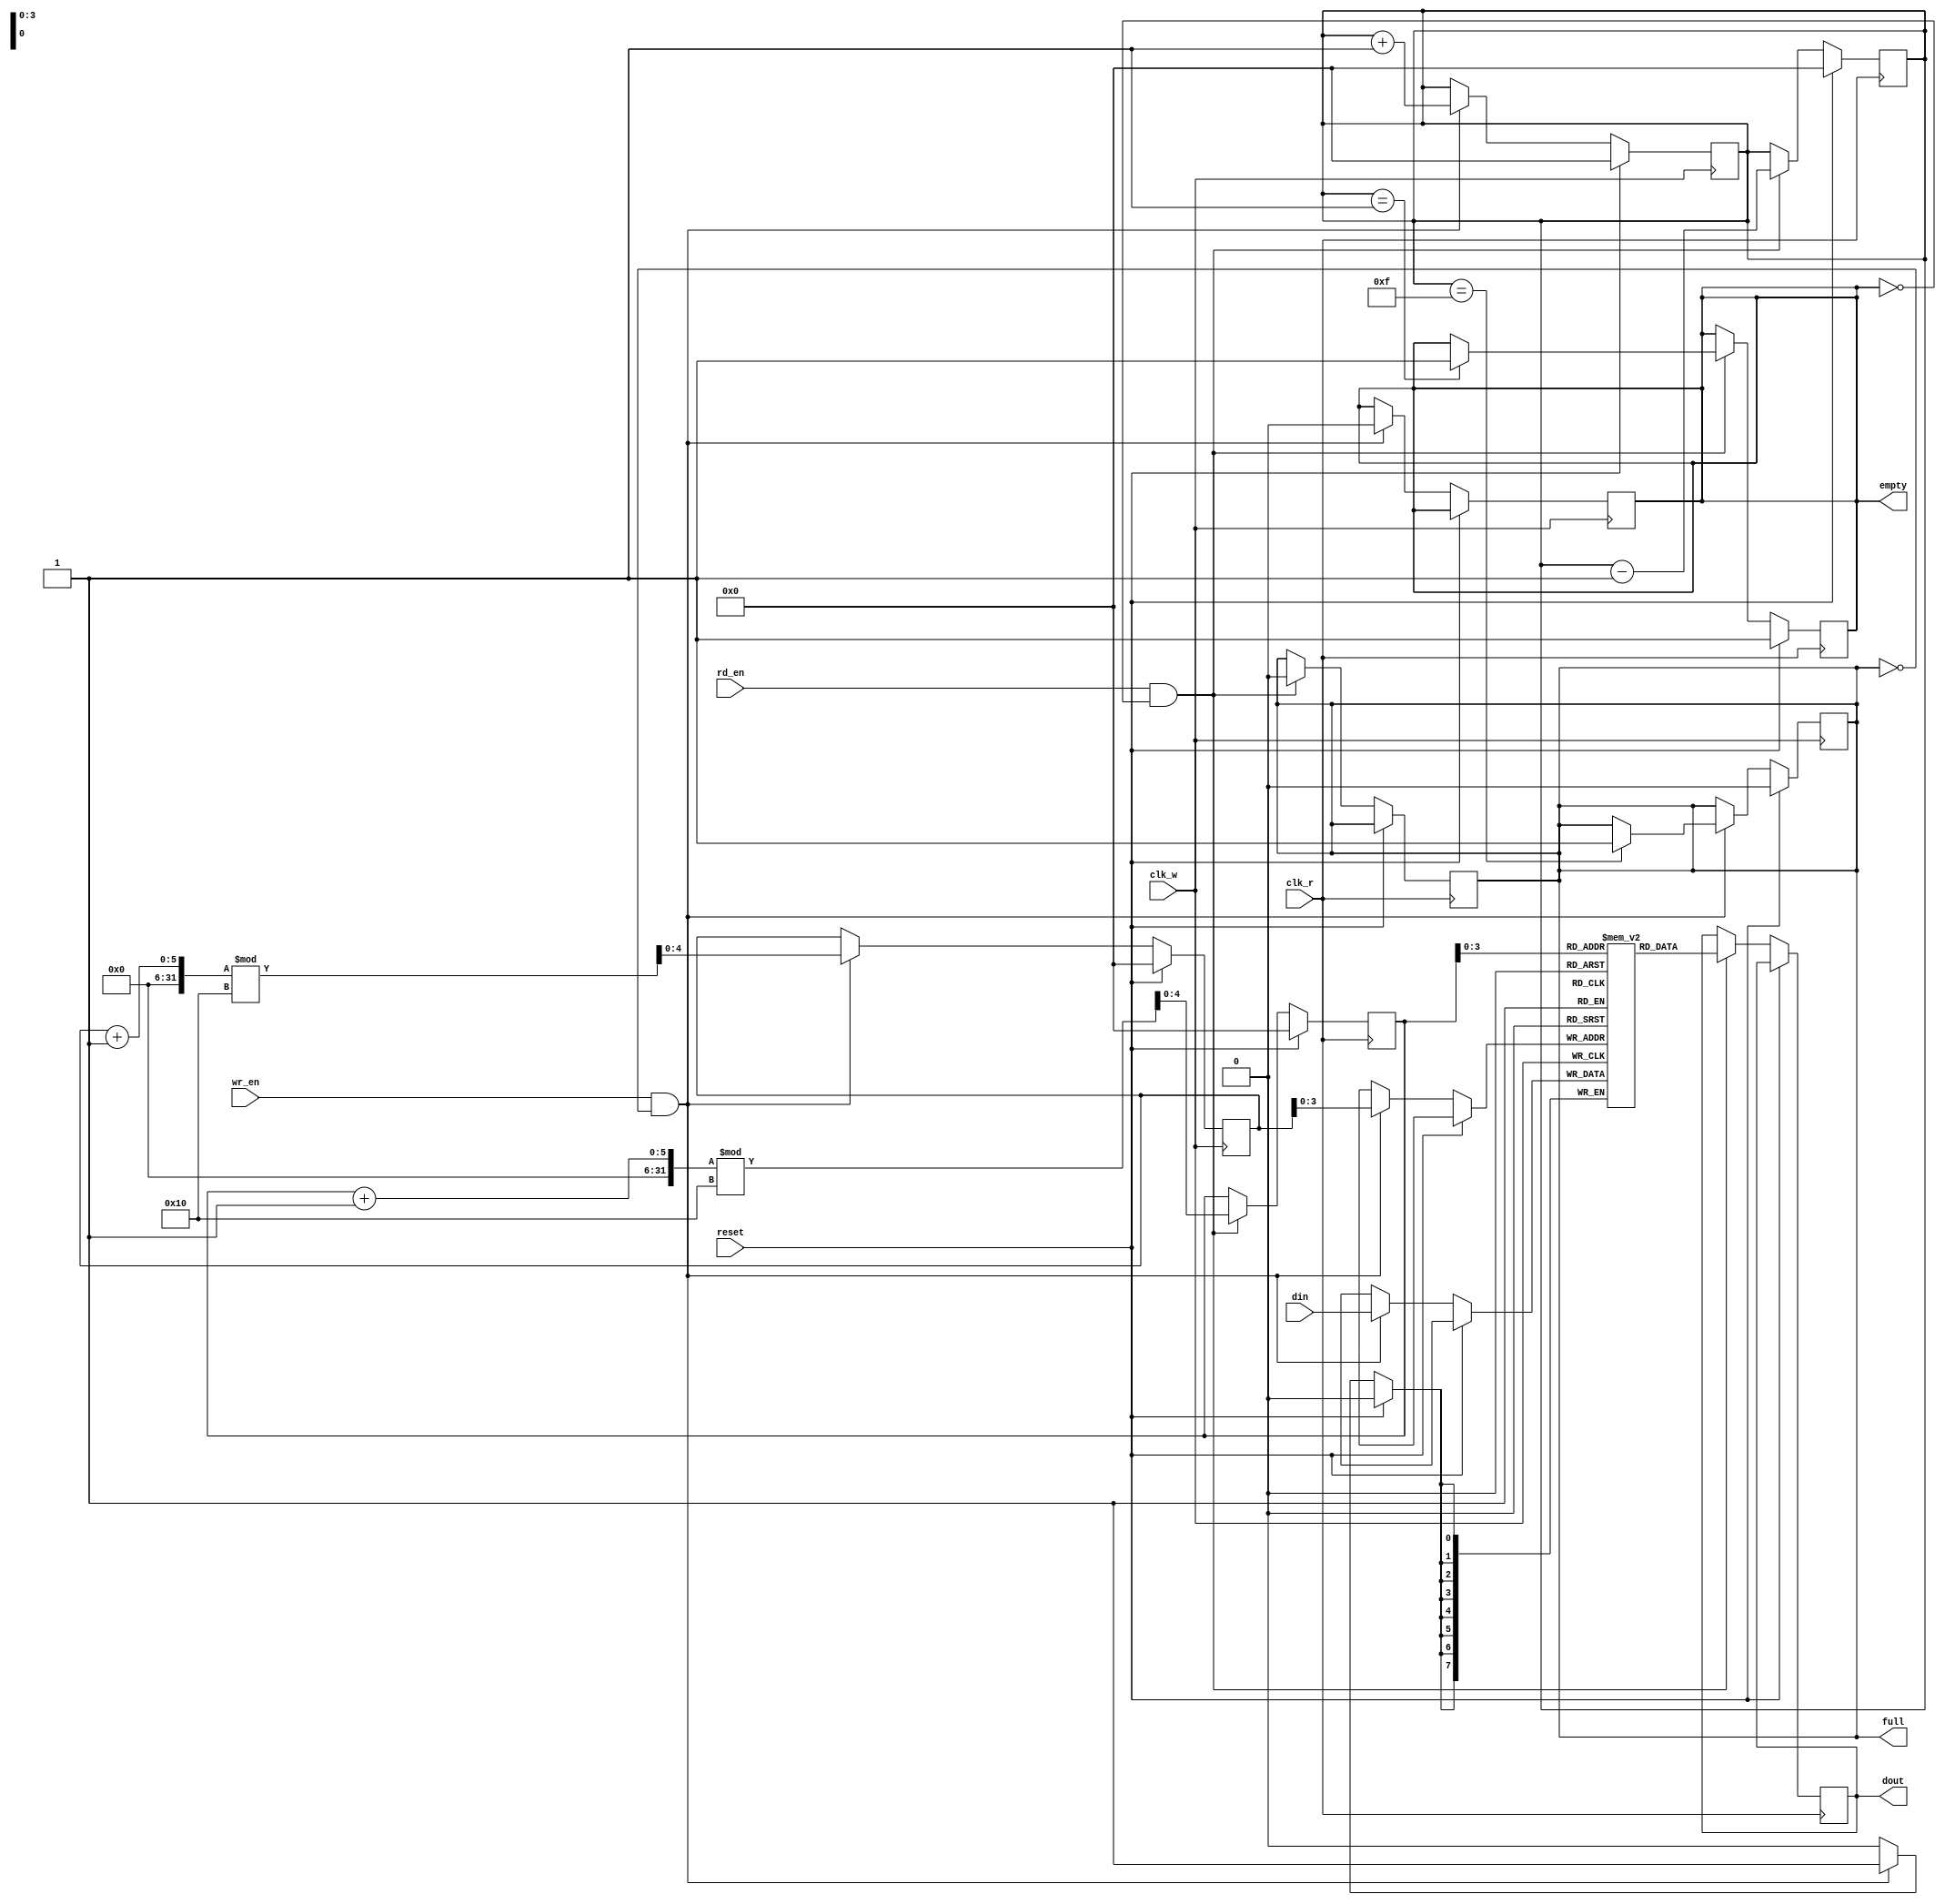
module dual_clock_fifo #(
    parameter DATA_WIDTH = 8,    // Width of each data entry
    parameter FIFO_DEPTH = 16     // Depth of the FIFO (number of entries)
) (
    input wire clk_w,             // Write clock
    input wire clk_r,             // Read clock
    input wire reset,             // Synchronous reset
    input wire wr_en,             // Write enable
    input wire rd_en,             // Read enable
    input wire [DATA_WIDTH-1:0] din, // Data input
    output reg [DATA_WIDTH-1:0] dout, // Data output
    output reg full,              // Full flag
    output reg empty              // Empty flag
);
    
    reg [DATA_WIDTH-1:0] memory [0:FIFO_DEPTH-1]; // Memory array
    reg [4:0] wr_ptr;          // Write pointer (5 bits for 32 entries)
    reg [4:0] rd_ptr;          // Read pointer (5 bits for 32 entries)
    reg [4:0] count;           // Number of entries in the FIFO

    // Write operation
    always @(posedge clk_w) begin
        if (reset) begin
            wr_ptr <= 0;
            count <= 0;
            full <= 0;
        end else if (wr_en && !full) begin
            memory[wr_ptr] <= din;     // Write data
            wr_ptr <= (wr_ptr + 1) % FIFO_DEPTH; // Increment write pointer
            count <= count + 1;        // Increment count
            if (count == FIFO_DEPTH - 1)
                full <= 1;             // Set full flag
            empty <= 0;                 // Clear empty flag
        end
    end

    // Read operation
    always @(posedge clk_r) begin
        if (reset) begin
            rd_ptr <= 0;
            count <= 0;
            empty <= 1;
        end else if (rd_en && !empty) begin
            dout <= memory[rd_ptr];    // Read data
            rd_ptr <= (rd_ptr + 1) % FIFO_DEPTH; // Increment read pointer
            count <= count - 1;        // Decrement count
            if (count == 1)
                empty <= 1;            // Set empty flag
            full <= 0;                 // Clear full flag
        end
    end

endmodule